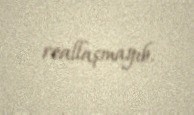
reallaşmayıb.